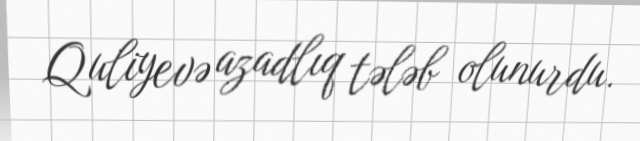
Quliyevə azadlıq tələb olunurdu.